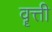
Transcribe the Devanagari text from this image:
वॄत्ती